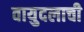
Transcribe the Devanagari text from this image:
वायुदलाची